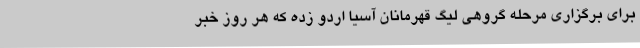
برای برگزاری مرحله گروهی لیگ قهرمانان آسیا اردو زده که هر روز خبر